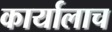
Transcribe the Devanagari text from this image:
कार्यालाच